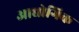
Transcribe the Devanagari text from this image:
आद्योगिक